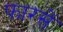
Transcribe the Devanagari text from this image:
फारसें